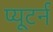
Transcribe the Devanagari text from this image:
प्यूटर्न